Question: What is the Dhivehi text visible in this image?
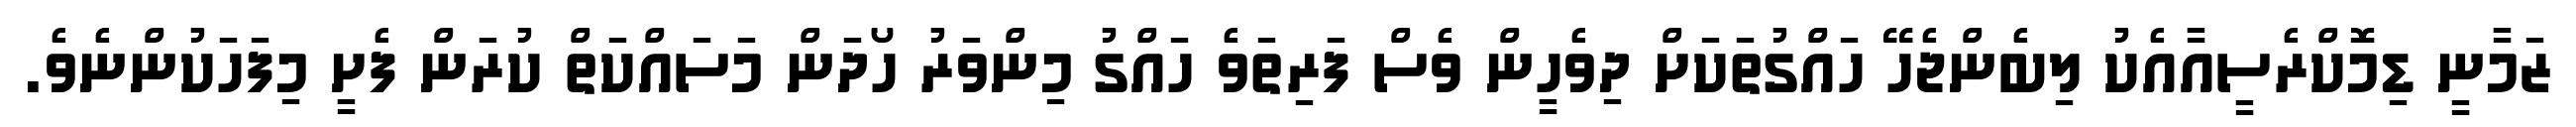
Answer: ޒަމާނީ ޑިމޮކްރެސީއާއެކު ލިބެންޖެހޭ ހައްގުތަކަށް ދިވެހީން ވެސް ފަރިތަވެ ހައްގު މިންވަރު ހޯދަން މަސައްކަތް ކުރަން ފެށީ މިފަހަކުންނެވެ.